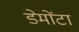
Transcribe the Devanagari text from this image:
डेमोंटा